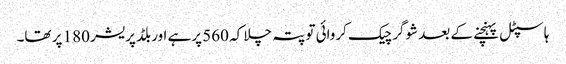
ہاسپٹل پہنچنے کے بعد شوگر چیک کروائی تو پتہ چلا کہ 560 پرہے اوربلڈ پریشر 180 پر تھا۔